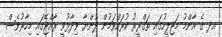
އދ ގެ އާންމު މަޖިލީހުގައި ތަގްރީރު ކުރައްވަމުން ދުންޔާ ވިދާޅުވީ ރާއްޖޭގައި މިހާރުވެސް